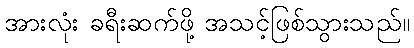
အားလုံး ခရီးဆက်ဖို့ အသင့်ဖြစ်သွားသည်။